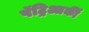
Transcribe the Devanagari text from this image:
पॅट्रिआर्की